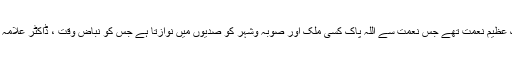
بس اتنا کہنا کافی سمجھتا ہوں کہ آپ اس علاقے کے لئے ایک عظیم نعمت تھے جس نعمت سے اللہ پاک کسی ملک اور صوبہ وشہر کو صدیوں میں نوازتا ہے جس کو نباض وقت ، ڈاکٹر علامہ اقبال مرحوم نے اشعار کی زبانی کچھ اس طرح بیان کیا ہے ۔